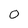
Character: 0